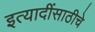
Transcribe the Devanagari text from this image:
इत्यादींसाठीचे